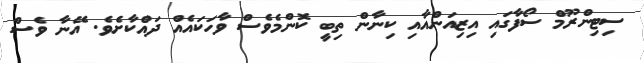
ސިޓިންރޫމް ސޯފާގައި އިޒިއަންއާއި ކިނާން ތިބީ ކޮންމެވެސް ވާހަކައެއް ދައްކާށެވެ. އޭނާ ވެސް